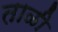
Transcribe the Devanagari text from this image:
ताळी